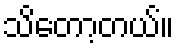
သိတော့တယ်။